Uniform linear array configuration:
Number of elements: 32
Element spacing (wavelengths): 0.25
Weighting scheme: cosine
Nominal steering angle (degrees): -45
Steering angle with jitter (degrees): -44.337
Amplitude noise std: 0.05
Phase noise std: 0.05

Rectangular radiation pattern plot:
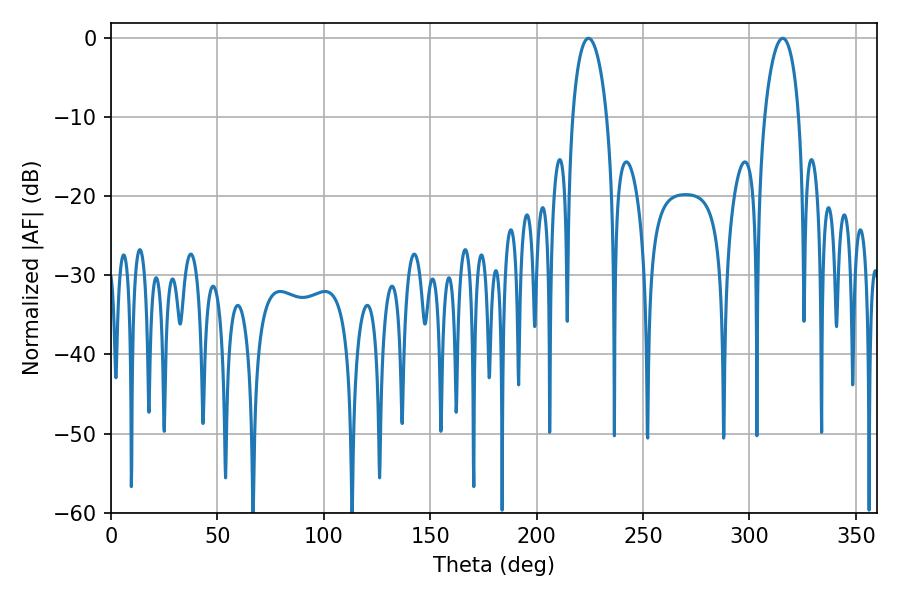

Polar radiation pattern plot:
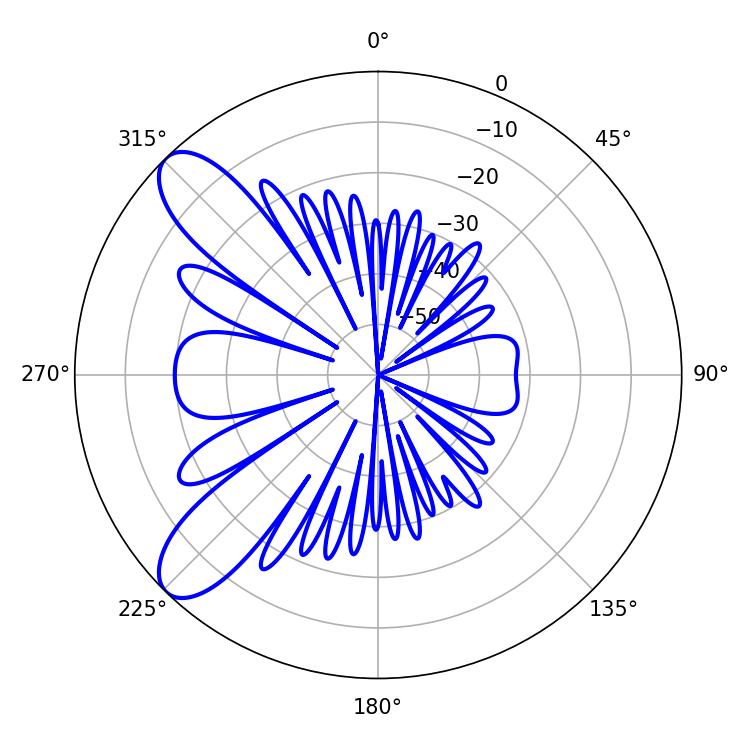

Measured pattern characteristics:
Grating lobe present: FALSE
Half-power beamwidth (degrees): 9.18
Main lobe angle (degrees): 224.28